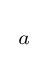
{\begin{smallmatrix}{a}\end{smallmatrix}}